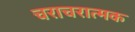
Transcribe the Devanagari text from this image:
चराचरात्मक